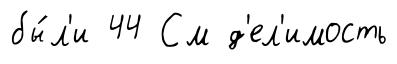
бы́л'и 44 См д'ел'имость